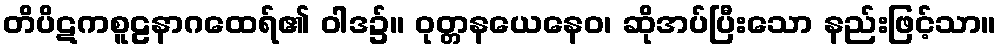
တိပိဋကစူဠနာဂထေရ်၏ ဝါဒ၌။ ဝုတ္တနယေနေဝ၊ ဆိုအပ်ပြီးသော နည်းဖြင့်သာ။